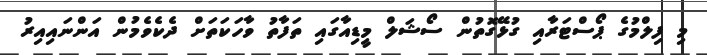
މި ފިލްމުގެ ޕޯސްޓަރާއި ގުޅޭގޮތުން ސޯޝަލް މީޑިއާގައި ތަފާތު ވާހަކަތަށް ދެކެވެމުން އަންނައިއިރު